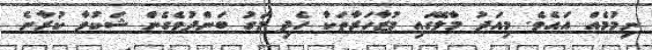
ނިމުމެއް އައެވެ. މިއަދު މާލޭގައި މުޒާހަރާތަކާ ހެދި މަގު ބަންދުވެެގެން ޝަކުވާ ކުރާނެ